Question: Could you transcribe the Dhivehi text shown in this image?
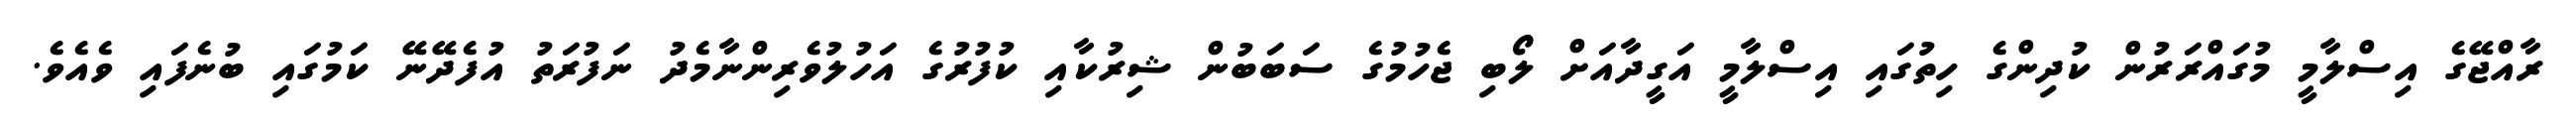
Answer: ރާއްޖޭގެ އިސްލާމީ މުގައްރަރުން ކުދިންގެ ހިތުގައި އިސްލާމީ އަގީދާއަށް ލޯބި ޖެހުމުގެ ސަބަބުން ޝިރުކާއި ކުފުރުގެ އަހުލުވެރިންނާމެދު ނަފުރަތު އުފެދޭނޭ ކަމުގައި ބުނެފައި ވެއެވެ.